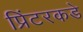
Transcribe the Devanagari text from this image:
प्रिंटरकडे